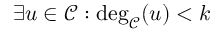
\exists u \in \mathcal { C } : \deg _ { \mathcal { C } } ( u ) < k